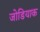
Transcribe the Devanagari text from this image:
जोडियाक